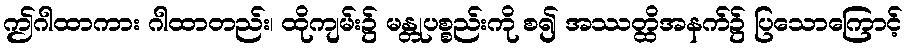
ဤဂါထာကား ဂါထာတည်း၊ ထိုကျမ်း၌ မန္တုပစ္စည်းကို စ၍ အဿတ္ထိအနက်၌ ပြသောကြောင့်